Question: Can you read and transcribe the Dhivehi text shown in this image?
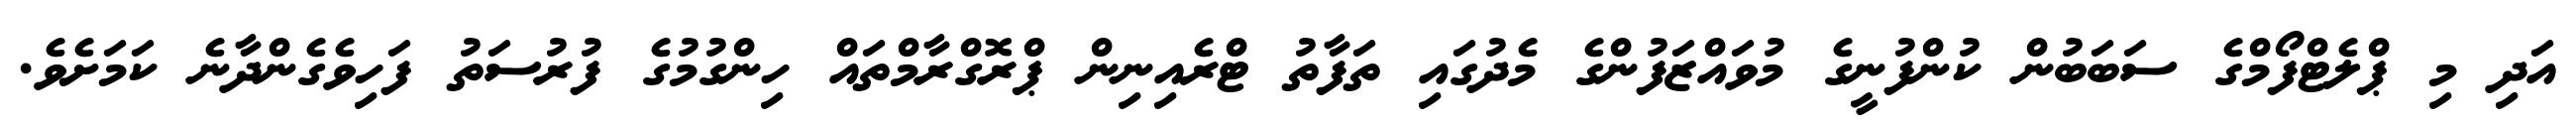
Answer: އަދި މި ޕްލެޓްފޯމްގެ ސަބަބުން ކުންފުނީގެ މުވައްޒަފުންގެ މެދުގައި ތަފާތު ޓްރެއިނިން ޕްރޮގްރާމްތައް ހިންގުމުގެ ފުރުސަތު ފަހިވެގެންދާނެ ކަމަށެވެ.